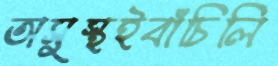
অসুস্থইবাঁচিলি